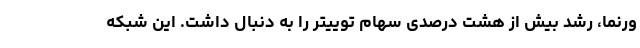
ورنما، رشد بیش از هشت درصدی سهام توییتر را به دنبال داشت. این شبکه